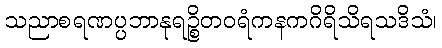
သညာစရဏပ္ပဘာနုရဉ္စိတဝရံကနကဂိရိသိရသဒိသံ၊